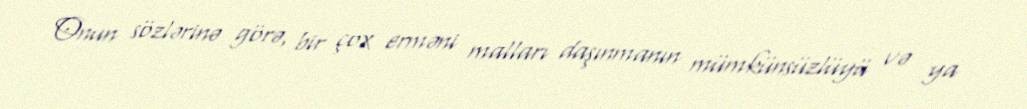
Onun sözlərinə görə, bir çox erməni malları daşınmanın mümkünsüzlüyü və ya